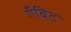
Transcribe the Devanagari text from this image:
गँबिट